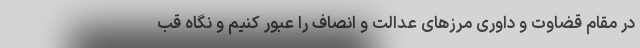
در مقام قضاوت و داوری مرزهای عدالت و انصاف را عبور کنیم و نگاه قب